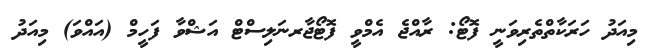
މިއަދު ހަރަކާތްތެރިވަނީ ފޮޓޯ: ރާއްޖެ އެމްވީ ފޮޓޯޖާރނަލިސްޓް އަޝްވާ ފަހީމް (އައްވަ) މިއަދު